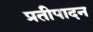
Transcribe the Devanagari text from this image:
प्रतीपादन